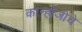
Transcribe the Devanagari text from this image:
कान्होजीचे